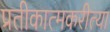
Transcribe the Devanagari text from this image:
प्रतीकात्मकरीत्या